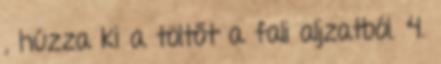
, húzza ki a töltőt a fali aljzatból. 4.